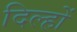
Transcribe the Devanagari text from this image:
दिल्हों